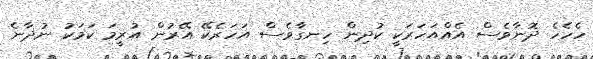
ހެހެހެ ދޮނާވެސް އެއްއަހަރަކީ ކުދިން ހިނގާވެސް އަހަރެކޭ އޭރުން އުރީމަ ކަމަކު ނުދާނެ